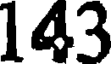
143